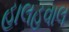
હાલહવાલ